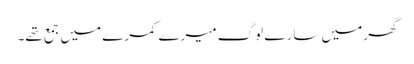
گھر میں سارے لوگ میرے کمرے میں جمع تھے۔